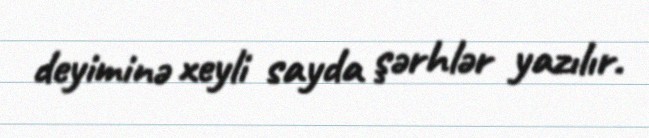
deyiminə xeyli sayda şərhlər yazılır.